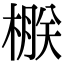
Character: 㮳